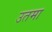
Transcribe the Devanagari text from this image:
उतमा